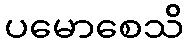
ပမောစေသိ